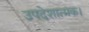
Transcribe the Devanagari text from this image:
उपदेशात्मक।